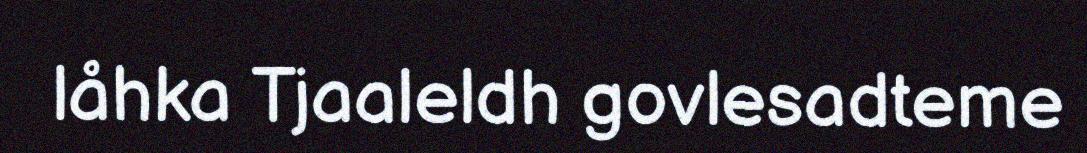
låhka Tjaaleldh govlesadteme